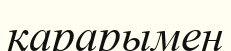
қарарымен